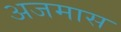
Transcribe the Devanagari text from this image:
अजमास